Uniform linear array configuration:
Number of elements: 64
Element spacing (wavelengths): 0.25
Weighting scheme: uniform
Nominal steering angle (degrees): -30
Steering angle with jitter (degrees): -28.464
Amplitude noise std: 0.05
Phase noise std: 0.05

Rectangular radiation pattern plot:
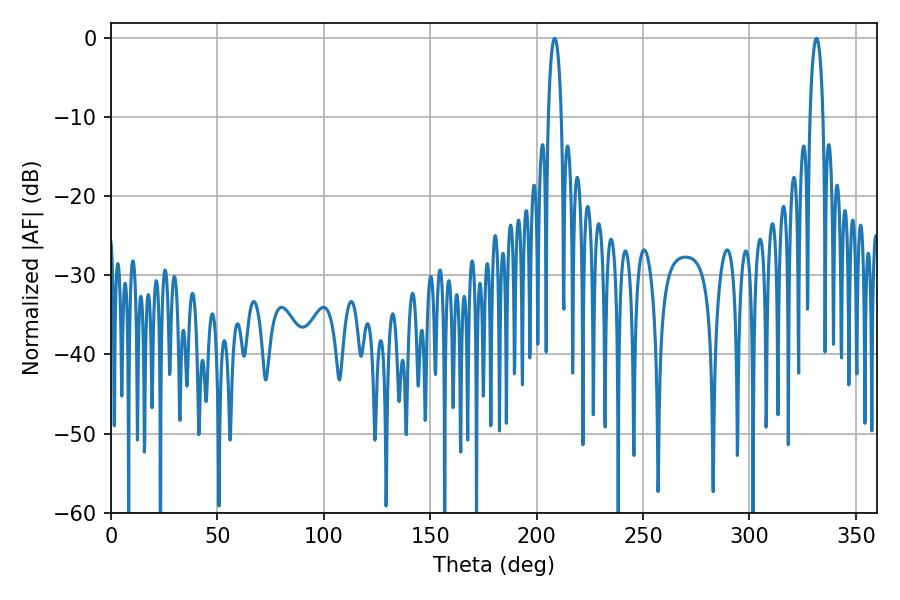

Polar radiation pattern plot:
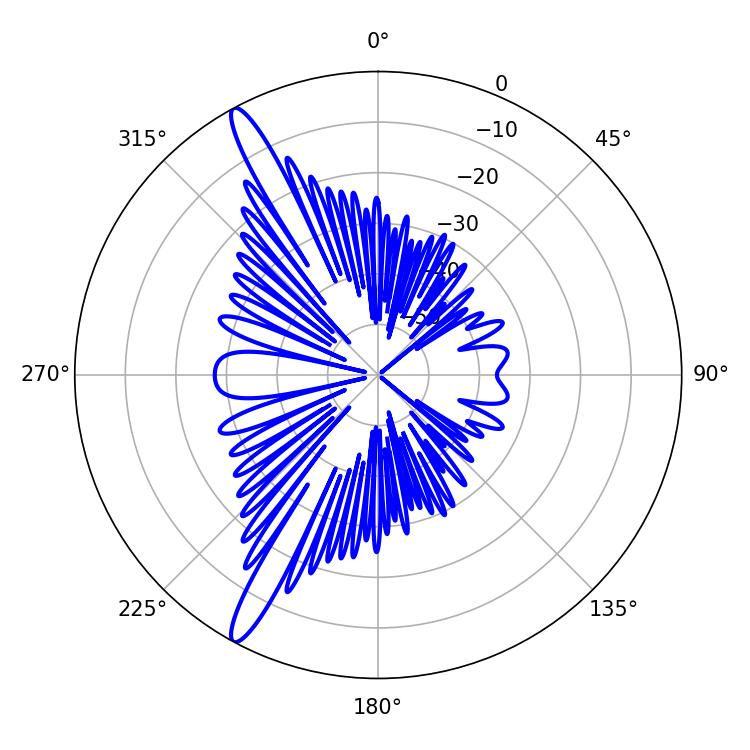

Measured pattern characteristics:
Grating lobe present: FALSE
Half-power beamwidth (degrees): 3.42
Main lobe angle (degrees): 208.44